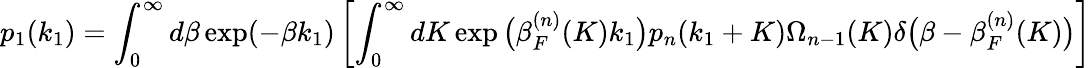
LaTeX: p_{1}(k_{1})=\int_{0}^{\infty}d\beta\exp(-\beta k_{1})\left[\int_{0}^{\infty}dK\exp\big(\beta_{F}^{(n)}(K)k_{1}\big)p_{n}(k_{1}+K)\Omega_{n-1}(K)\delta\big(\beta-\beta_{F}^{(n)}(K)\big)\right]